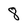
Character: 8